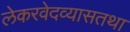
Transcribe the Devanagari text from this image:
लेकरवेदव्यासतथा